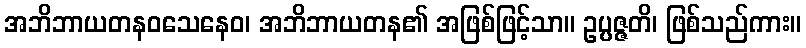
အဘိဘာယတနဝသေနေဝ၊ အဘိဘာယတန၏ အဖြစ်ဖြင့်သာ။ ဥပ္ပဇ္ဇတိ၊ ဖြစ်သည်ကား။